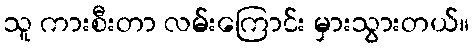
သူ ကားစီးတာ လမ်းကြောင်း မှားသွားတယ်။